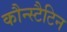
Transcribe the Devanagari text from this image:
कौन्स्टैटिन